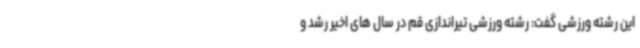
این رشته ورزشی گفت: رشته ورزشی تیراندازی قم در سال های اخیر رشد و